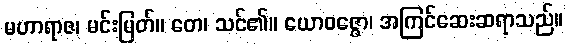
မဟာရာဇ၊ မင်းမြတ်။ တေ၊ သင်၏။ ယောဝဇ္ဇော၊ အကြင်ဆေးဆရာသည်။